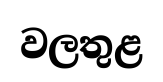
වලතුළ